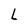
Character: L